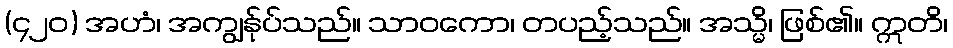
(၄၂၀) အဟံ၊ အကျွန်ုပ်သည်။ သာဝကော၊ တပည့်သည်။ အသ္မိ၊ ဖြစ်၏။ ဣတိ၊